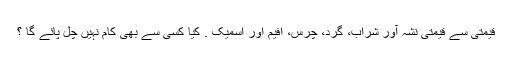
قیمتی سے قیمتی نشہ آور شراب، گرد، چرس، افیم اور اسمیک . کیا کسی سے بھی کام نہیں چل پائے گا ؟